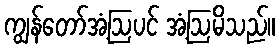
ကျွန်တော်အံ့ဩပင် အံ့ဩမိသည်။